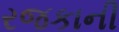
રજકાની